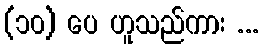
(၁၀) ပေ ဟူသည်ကား ...